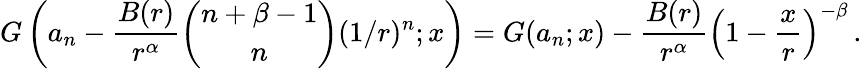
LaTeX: G\left(a_{n}-{\frac{B(r)}{r^{\alpha}}}{\binom{n+\beta-1}{n}}(1/r)^{n};x\right)=G(a_{n};x)-{\frac{B(r)}{r^{\alpha}}}\left(1-{\frac{x}{r}}\right)^{-\beta}\, .